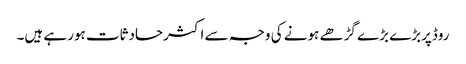
روڈپربڑے بڑے گڑھے ہونے کی وجہ سے اکثرحادثات ہورہے ہیں۔